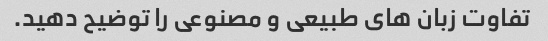
تفاوت زبان های طبیعی و مصنوعی را توضیح دهید.